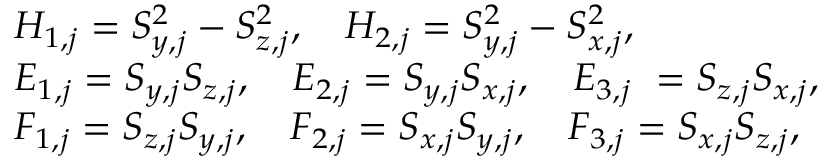
\begin{array} { r l } & { H _ { 1 , j } = S _ { y , j } ^ { 2 } - S _ { z , j } ^ { 2 } , \quad H _ { 2 , j } = S _ { y , j } ^ { 2 } - S _ { x , j } ^ { 2 } , } \\ & { E _ { 1 , j } = S _ { y , j } S _ { z , j } , \quad E _ { 2 , j } = S _ { y , j } S _ { x , j } , \quad E _ { 3 , j } \ = S _ { z , j } S _ { x , j } , } \\ & { F _ { 1 , j } = S _ { z , j } S _ { y , j } , \quad F _ { 2 , j } = S _ { x , j } S _ { y , j } , \quad F _ { 3 , j } = S _ { x , j } S _ { z , j } , } \end{array}